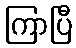
ကြာပြီ